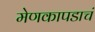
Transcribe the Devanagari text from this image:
मेणकापडाचं